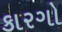
કારગો